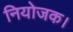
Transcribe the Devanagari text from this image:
नियोजक।